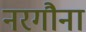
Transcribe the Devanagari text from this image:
नरगौना